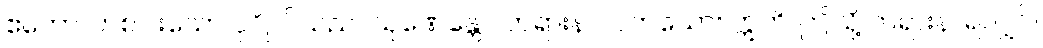
ဧကော၊ တစ်ပါးသော ပုဂ္ဂိုလ်သည်။ သုဏေန္တော၊ တရားနာလတ်သော်။ ဣတိ၊ ဤသို့ တရားနာရလျှင်။